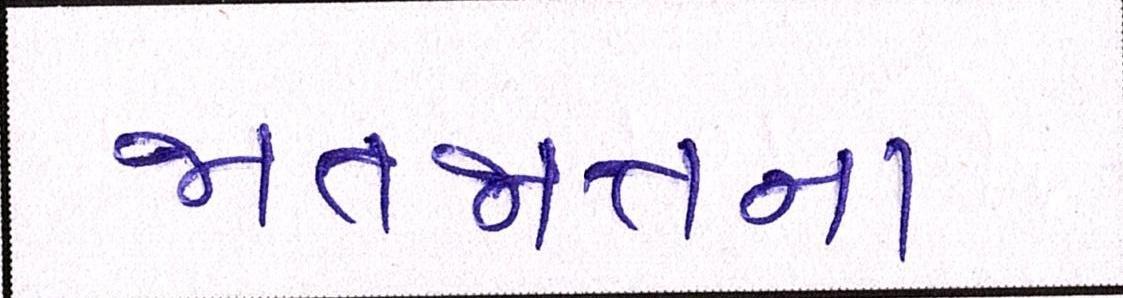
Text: જાતજાતના